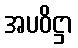
အပဝိဋ္ဌာ